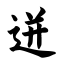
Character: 迸